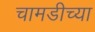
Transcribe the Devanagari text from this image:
चामडीच्या